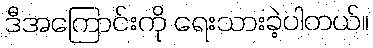
ဒီအကြောင်းကို ရေးသားခဲ့ပါတယ်။